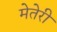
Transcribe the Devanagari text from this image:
मेतेरी